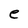
Character: e